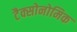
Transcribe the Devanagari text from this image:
टैक्सोनोमिक